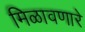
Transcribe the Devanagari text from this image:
मिळावणारे